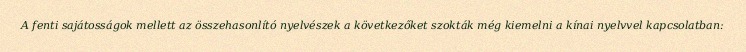
A fenti sajátosságok mellett az összehasonlító nyelvészek a következőket szokták még kiemelni a kínai nyelvvel kapcsolatban: